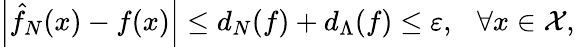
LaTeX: \begin{array}{r}{\left|\hat{f}_{N}(x)-f(x)\right|\le d_{N}(f)+d_{\Lambda}(f)\le\varepsilon,\ \ \ \forall x\in{\cal{X}},}\end{array}